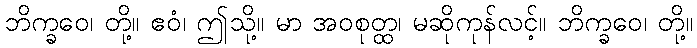
ဘိက္ခဝေ၊ တို့။ ဧဝံ၊ ဤသို့။ မာ အဝစုတ္ထ၊ မဆိုကုန်လင့်။ ဘိက္ခဝေ၊ တို့။